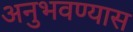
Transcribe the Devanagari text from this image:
अनुभवण्यास